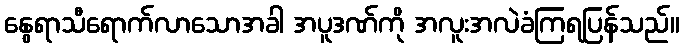
နွေရာသီရောက်လာသောအခါ အပူဒဏ်ကို အလူးအလဲခံကြရပြန်သည်။